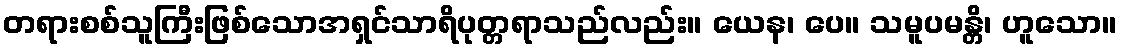
တရားစစ်သူကြီးဖြစ်သောအရှင်သာရိပုတ္တရာသည်လည်း။ ယေန၊ ပေ။ သမူပမန္တိ၊ ဟူသော။